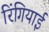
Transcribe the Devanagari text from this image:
रिंगियाई